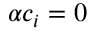
\alpha c _ { i } = 0